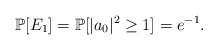
\begin{align*}\mathbb P[E_1]=\mathbb P[|a_0|^2\geq 1]=e^{-1}.\end{align*}